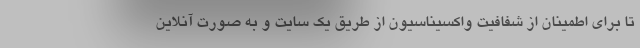
تا برای اطمینان از شفافیت واکسیناسیون از طریق یک سایت و به صورت آنلاین